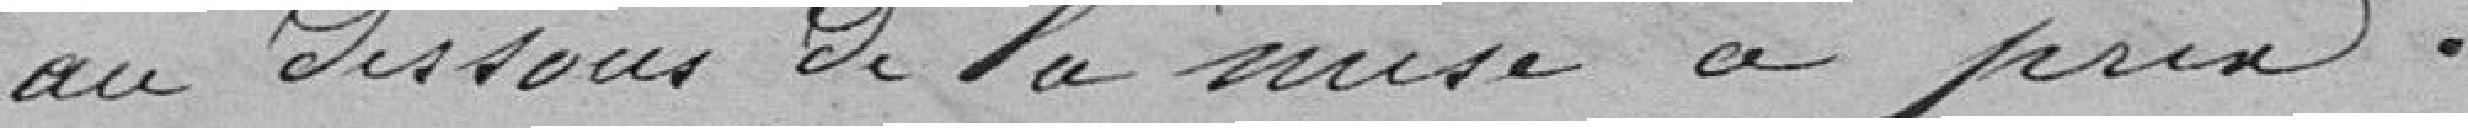
au dessous de la mise à prix